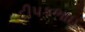
દીપકભાઇ